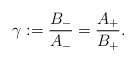
\begin{align*}\gamma:=\frac{B_{-}}{A_{-}}=\frac{A_{+}}{B_{+}}.\end{align*}